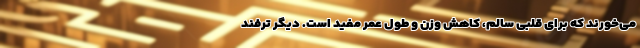
می‌خورند که برای قلبی سالم، کاهش وزن و طول عمر مفید است. دیگر ترفند